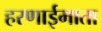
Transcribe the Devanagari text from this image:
हरणाईमाता